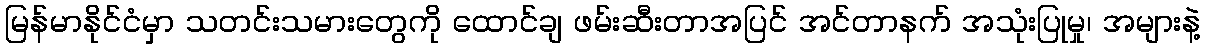
မြန်မာနိုင်ငံမှာ သတင်းသမားတွေကို ထောင်ချ ဖမ်းဆီးတာအပြင် အင်တာနက် အသုံးပြုမှု၊ အများနဲ့